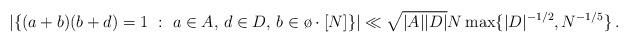
LaTeX: \begin{align*}|\{ (a+b) (b+d) = 1 ~:~ a\in A,\, d\in D,\, b \in \o \cdot [N] \}| \ll \sqrt{|A||D|} N \max\{ |D|^{-1/2}, N^{-1/5} \} \,.\end{align*}